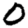
Digit: 0